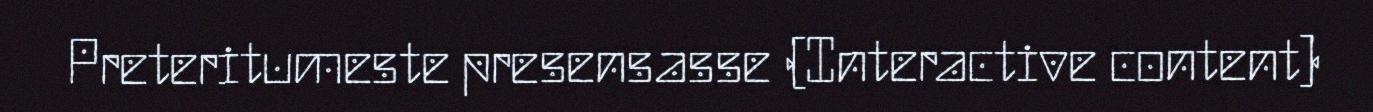
Preteritumeste presensasse (Interactive content)